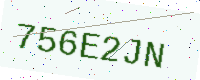
Text: 756E2JN